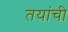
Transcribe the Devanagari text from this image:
तयांची